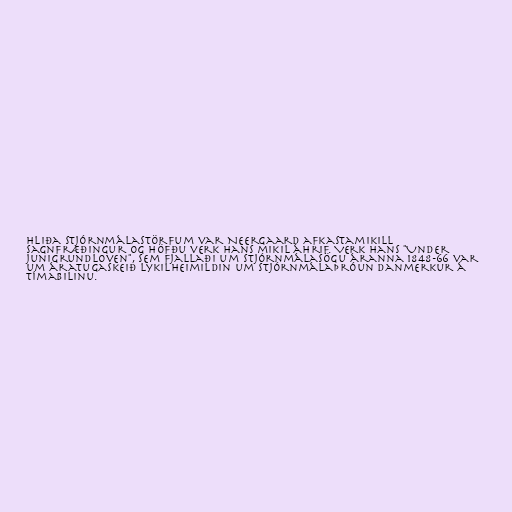
hliða stjórnmálastörfum var Neergaard afkastamikill
sagnfræðingur og höfðu verk hans mikil áhrif. Verk hans "Under
Junigrundloven", sem fjallaði um stjórnmálasögu áranna 1848-66 var
um áratugaskeið lykilheimildin um stjórnmálaþróun Danmerkur á
tímabilinu.